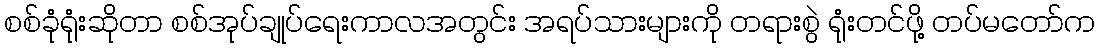
စစ်ခုံရုံးဆိုတာ စစ်အုပ်ချုပ်ရေးကာလအတွင်း အရပ်သားများကို တရားစွဲ ရုံးတင်ဖို့ တပ်မတော်က